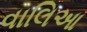
વાલિઆ